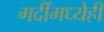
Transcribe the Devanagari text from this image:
गर्दीमध्येही